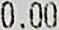
0.00